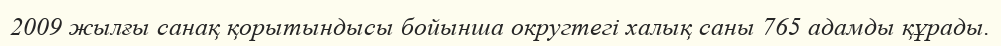
2009 жылғы санақ қорытындысы бойынша округтегі халық саны 765 адамды құрады.